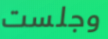
وجلست